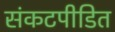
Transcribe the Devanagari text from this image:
संकटपीडित